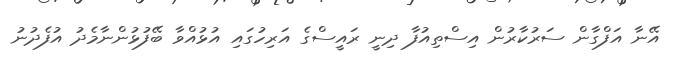
އޭނާ އަފްގާން ސަރުކާރުން އިސްތިއުފާ ދިނީ ރައީސްގެ އަރިހުގައި އުޅުއްވާ ބޭފުޅުންނާމެދު އުފެދުނު